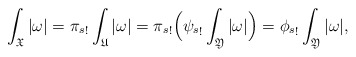
\begin{align*}\int_{\mathfrak X}|\omega|&= {\pi_s}_!\int_{\mathfrak U}|\omega| = {\pi_s}_!\Big({\psi_s}_!\int_{\mathfrak Y}|\omega|\Big) = {\phi_s}_!\int_{\mathfrak Y}|\omega|,\end{align*}